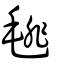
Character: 毴